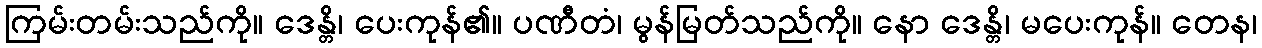
ကြမ်းတမ်းသည်ကို။ ဒေန္တိ၊ ပေးကုန်၏။ ပဏီတံ၊ မွန်မြတ်သည်ကို။ နော ဒေန္တိ၊ မပေးကုန်။ တေန၊